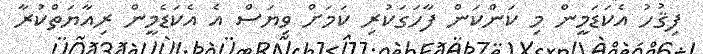
ފިޤުހު އެކަޑަމީން މި ކަންކަން ފާހަގަކުރި ކަމަށް ވިޔަސް އެ އެކަޑެމީން ރިއާޔަތްކުރާ